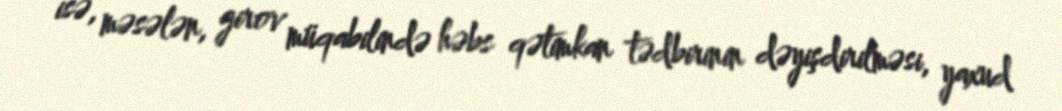
isə, məsələn, girov müqabilində həbs qətimkan tədbirinin dəyişdirilməsi, yaxud